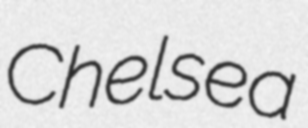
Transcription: Chelsea